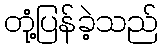
တုံ့ပြန်ခဲ့သည်